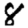
Digit: 8